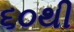
૬૦થી